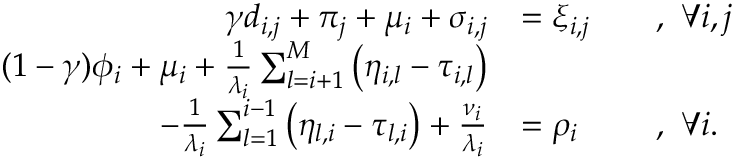
\begin{array} { r l r l } { \gamma d _ { i , j } + \pi _ { j } + \mu _ { i } + \sigma _ { i , j } } & { = \xi _ { i , j } } & & { , ~ \forall i , j } \\ { ( 1 - \gamma ) \phi _ { i } + \mu _ { i } + \frac { 1 } { \lambda _ { i } } \sum _ { l = i + 1 } ^ { M } \left( \eta _ { i , l } - \tau _ { i , l } \right) } & { } \\ { - \frac { 1 } { \lambda _ { i } } \sum _ { l = 1 } ^ { i - 1 } \left( \eta _ { l , i } - \tau _ { l , i } \right) + \frac { \nu _ { i } } { \lambda _ { i } } } & { = \rho _ { i } } & & { , ~ \forall i . } \end{array}